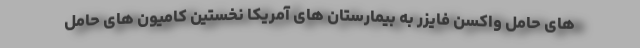
های حامل واکسن فایزر به بیمارستان های آمریکا نخستین کامیون های حامل